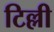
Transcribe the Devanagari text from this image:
टिल्ली